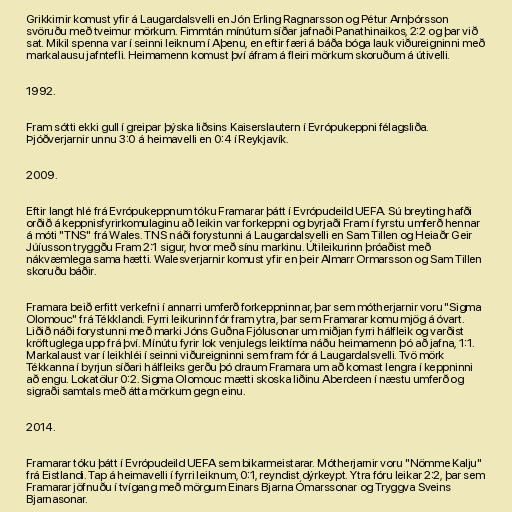
Grikkirnir komust yfir á Laugardalsvelli en Jón Erling Ragnarsson og Pétur Arnþórsson
svöruðu með tveimur mörkum. Fimmtán mínútum síðar jafnaði Panathinaikos, 2:2 og þar við
sat. Mikil spenna var í seinni leiknum í Aþenu, en eftir færi á báða bóga lauk viðureigninni með
markalausu jafntefli. Heimamenn komust því áfram á fleiri mörkum skoruðum á útivelli.

1992.

Fram sótti ekki gull í greipar þýska liðsins Kaiserslautern í Evrópukeppni félagsliða.
Þjóðverjarnir unnu 3:0 á heimavelli en 0:4 í Reykjavík.

2009.

Eftir langt hlé frá Evrópukeppnum tóku Framarar þátt í Evrópudeild UEFA. Sú breyting hafði
orðið á keppnisfyrirkomulaginu að leikin var forkeppni og byrjaði Fram í fyrstu umferð hennar
á móti "TNS" frá Wales. TNS náði forystunni á Laugardalsvelli en Sam Tillen og Heiaðr Geir
Júíusson tryggðu Fram 2:1 sigur, hvor með sínu markinu. Útileikurinn þróaðist með
nákvæmlega sama hætti. Walesverjarnir komust yfir en þeir Almarr Ormarsson og Sam Tillen
skoruðu báðir.

Framara beið erfitt verkefni í annarri umferð forkeppninnar, þar sem mótherjarnir voru "Sigma
Olomouc" frá Tékklandi. Fyrri leikurinn fór fram ytra, þar sem Framarar komu mjög á óvart.
Liðið náði forystunni með marki Jóns Guðna Fjólusonar um miðjan fyrri hálfleik og varðist
kröftuglega upp frá því. Mínútu fyrir lok venjulegs leiktíma náðu heimamenn þó að jafna, 1:1.
Markalaust var í leikhléi í seinni viðureigninni sem fram fór á Laugardalsvelli. Tvö mörk
Tékkanna í byrjun síðari hálfleiks gerðu þó draum Framara um að komast lengra í keppninni
að engu. Lokatölur 0:2. Sigma Olomouc mætti skoska liðinu Aberdeen í næstu umferð og
sigraði samtals með átta mörkum gegn einu.

2014.

Framarar tóku þátt í Evrópudeild UEFA sem bikarmeistarar. Mótherjarnir voru "Nömme Kalju"
frá Eistlandi. Tap á heimavelli í fyrri leiknum, 0:1, reyndist dýrkeypt. Ytra fóru leikar 2:2, þar sem
Framarar jöfnuðu í tvígang með mörgum Einars Bjarna Ómarssonar og Tryggva Sveins
Bjarnasonar.